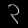
Digit: ၃